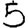
Digit: 5